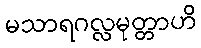
မသာရဂလ္လမုတ္တာဟိ